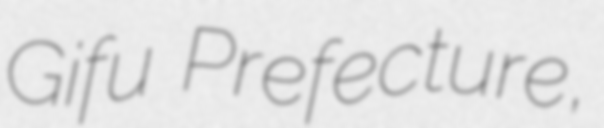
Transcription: Gifu Prefecture,